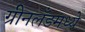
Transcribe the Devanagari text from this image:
ग्रीनलँडमध्ये